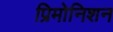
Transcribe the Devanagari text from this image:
प्रिमोनिशन